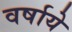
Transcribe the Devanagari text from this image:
वर्षाये